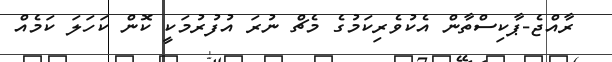
ރާއްޖެ-ޕާކިސްތާން އެކުވެރިކަމުގެ މެޗް ނުރަ އުފުރުމަކީ ކޮން ކަހަލަ ކަމެއް